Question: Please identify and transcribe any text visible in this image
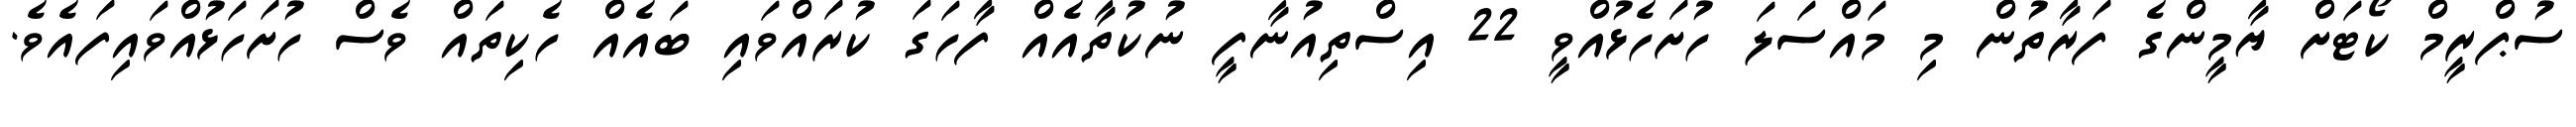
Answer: ސުޕްރީމް ކޯޓަށް ޔާމީންގެ ފަރާތުން މި މައްސަލަ ހުށަހެޅުއްވީ 22 އިސްތިއުނާފީ ނުކުތާއެއް ފާހަގަ ކުރައްވައި ބައެއް ހެކިތައް ވެސް ހުށަހަޅުއްވައިފައެވެ.